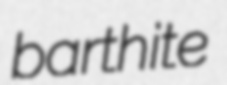
barthite